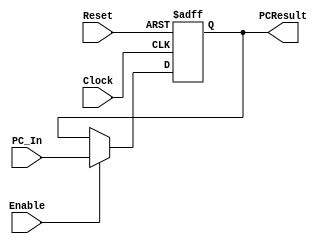
`timescale 1ns / 1ps

////////////////////////////////////////////////////////////////////////////////
// ECE369 - Computer Architecture
// 
// Module       : ProgramCounter.v
// Description  : 
//
// INPUTS
//
// OUTPUTS
//
// FUNCTIONALITY
//
////////////////////////////////////////////////////////////////////////////////

module ProgramCounter(PC_In, PCResult, Enable, Reset, Clock);

	input [31:0] PC_In;
	input Reset, Clock, Enable;

	output reg [31:0] PCResult;
    
//    (* mark_debug = "true" *) reg NewSadLoop, FirstSadComplete;
//    (* mark_debug = "true" *) reg [31:0] SadLoops;
    
    initial begin
        PCResult <= 32'h0000000;
//        SadLoops <= 32'd0;
    end
    
    always @(posedge Clock, posedge Reset) begin
    
        if(Reset)
            PCResult <= 32'h0000000;
        else if (Enable)
            PCResult <= PC_In;
 
//        if (PC_In == 32'd600) NewSadLoop <= 1'b1;
//        else NewSadLoop <= 1'b0;
 
//        if (PC_In == 32'd600) SadLoops <= SadLoops + 1;
//        else if (PC_In == 32'd708) SadLoops <= 0;
 
//        if (PC_In == 32'd264) FirstSadComplete <= 1'b1;
//        else FirstSadComplete <= 1'b0;
 
    end

endmodule